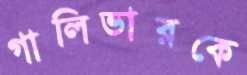
গালিভারকে